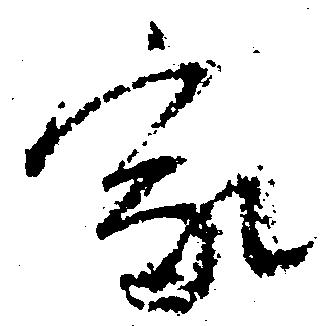
家